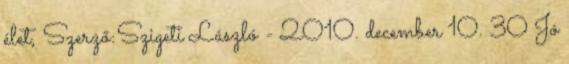
élet, Szerző:Szigeti László - 2010. december 10. 30 Jó